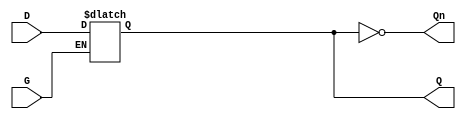
module gated_latch (
    input wire D,      // Data input
    input wire G,      // Gate/Enable signal
    output reg Q,      // Output that holds the value of the latch
    output wire Qn     // Complement of the output
);

// Complement of the output
assign Qn = ~Q;

// Always block to model the latch behavior
always @ (G or D) begin
    if (G) begin
        // When G is high, latch is transparent
        Q <= D;
    end
    // When G goes low, Q holds its last state
end

endmodule